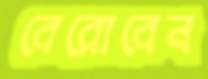
বেরোবেন